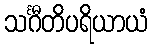
သင်္ဂီတိပရိယာယံ